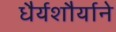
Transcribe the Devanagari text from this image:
धैर्यशौर्याने